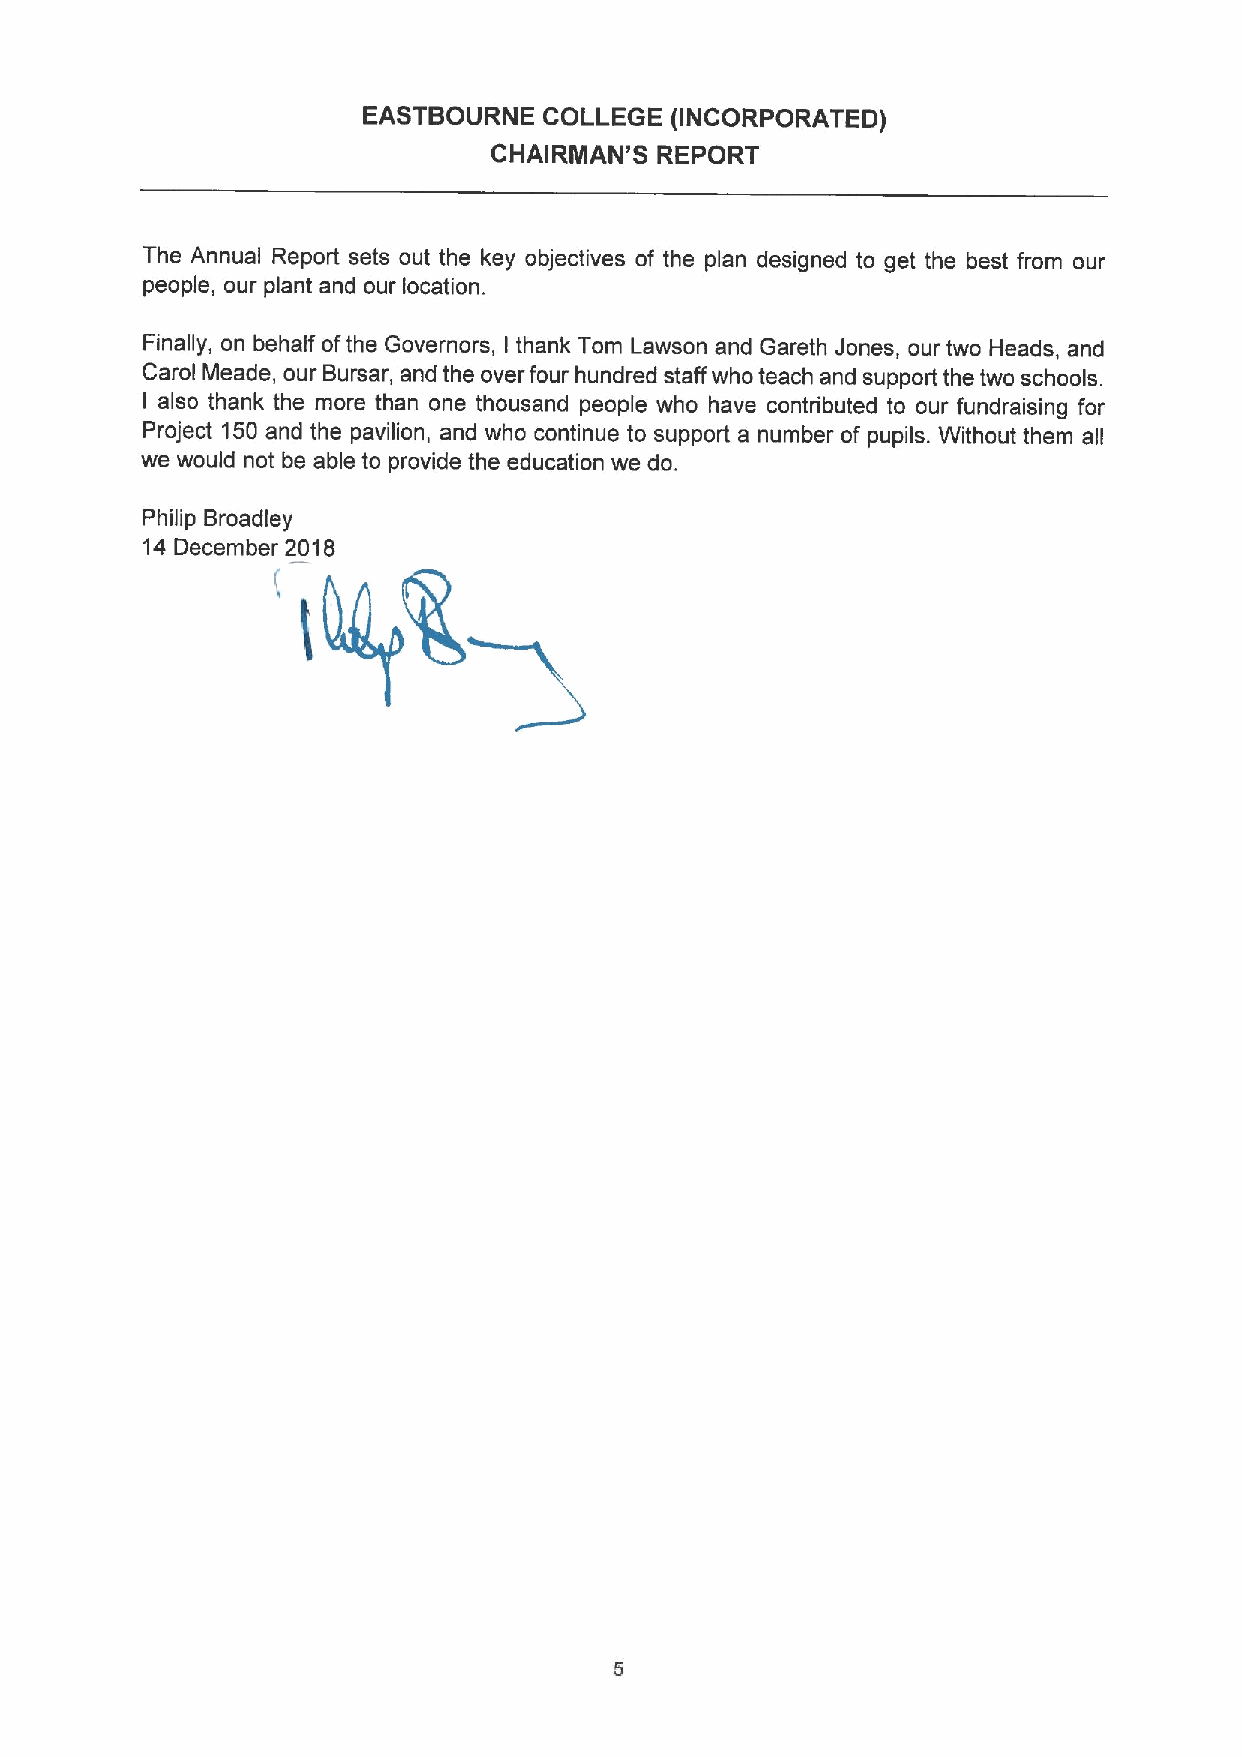
EASTBOURNE  COLLEGE (INCORPORATED)
 CHAIRIIIIAN'S REPORT
 The Annual Report sets out the key objectives of the plan designed to get the best from our
 people, our plant and our location.
 Finally, on behalf ofthe Governors, I thank Tom Lawson and Gareth Jones, our two Heads, and
 Carol Meade, our Bursar, and the over four hundred staff who teach and support the two schools.
 I also thank the more than one thousand people who have contributed to our fundraising for
 Project 150and the pavilion, and who continue to support a number of pupils. Without them all
 we would not be able to provide the education we do.
 Philip Broadley
 14December 2018